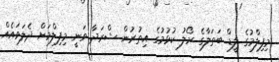
މިފިލްމުގެ ލީޑް ބަތަލާގެ ރޯލު ކުޅުމުގެ އިތުރުން ޝްރަދާ ވަނީ މިފިލްމަށް ދެލަވައެއް